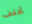
تخفف